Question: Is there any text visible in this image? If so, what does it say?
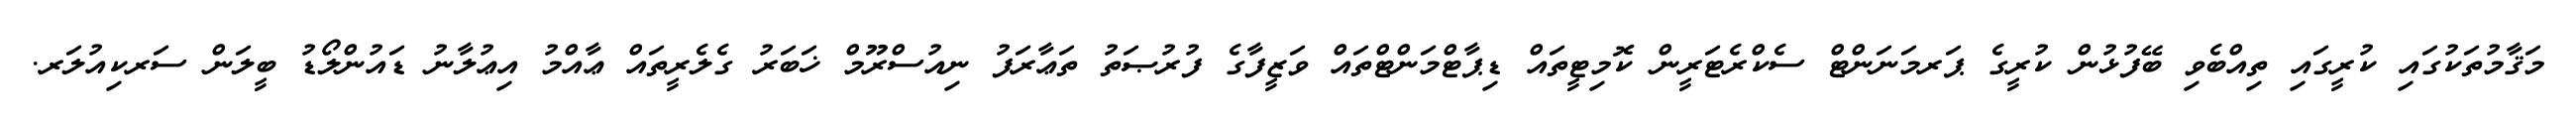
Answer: މަޤާމުތަކުގައި ކުރީގައި ތިއްބެވި ބޭފުޅުން ކުރީގެ ޕަރމަނަންޓް ސެކްރެޓަރީން ކޮމިޓީތައް ޑިޕާޓްމަންޓްތައް ވަޒީފާގެ ފުރުޞަތު ތަޢާރަފު ނިއުސްރޫމް ޚަބަރު ގެލެރީތައް ޢާއްމު އިޢުލާނު ޑައުންލޯޑު ބީލަން ސަރކިއުލަރ.